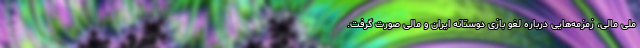
ملی مالی، زمزمه‌هایی درباره لغو بازی دوستانه ایران و مالی صورت گرفت.